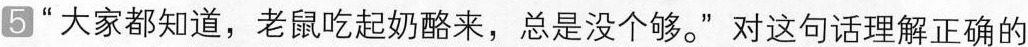
5 “大家都知道，老鼠吃起奶酪来，总是没个够。”对这句话理正确的